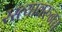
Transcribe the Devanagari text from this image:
रस्त्यावरुनच